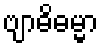
ဗျာဓိဓမ္မာ